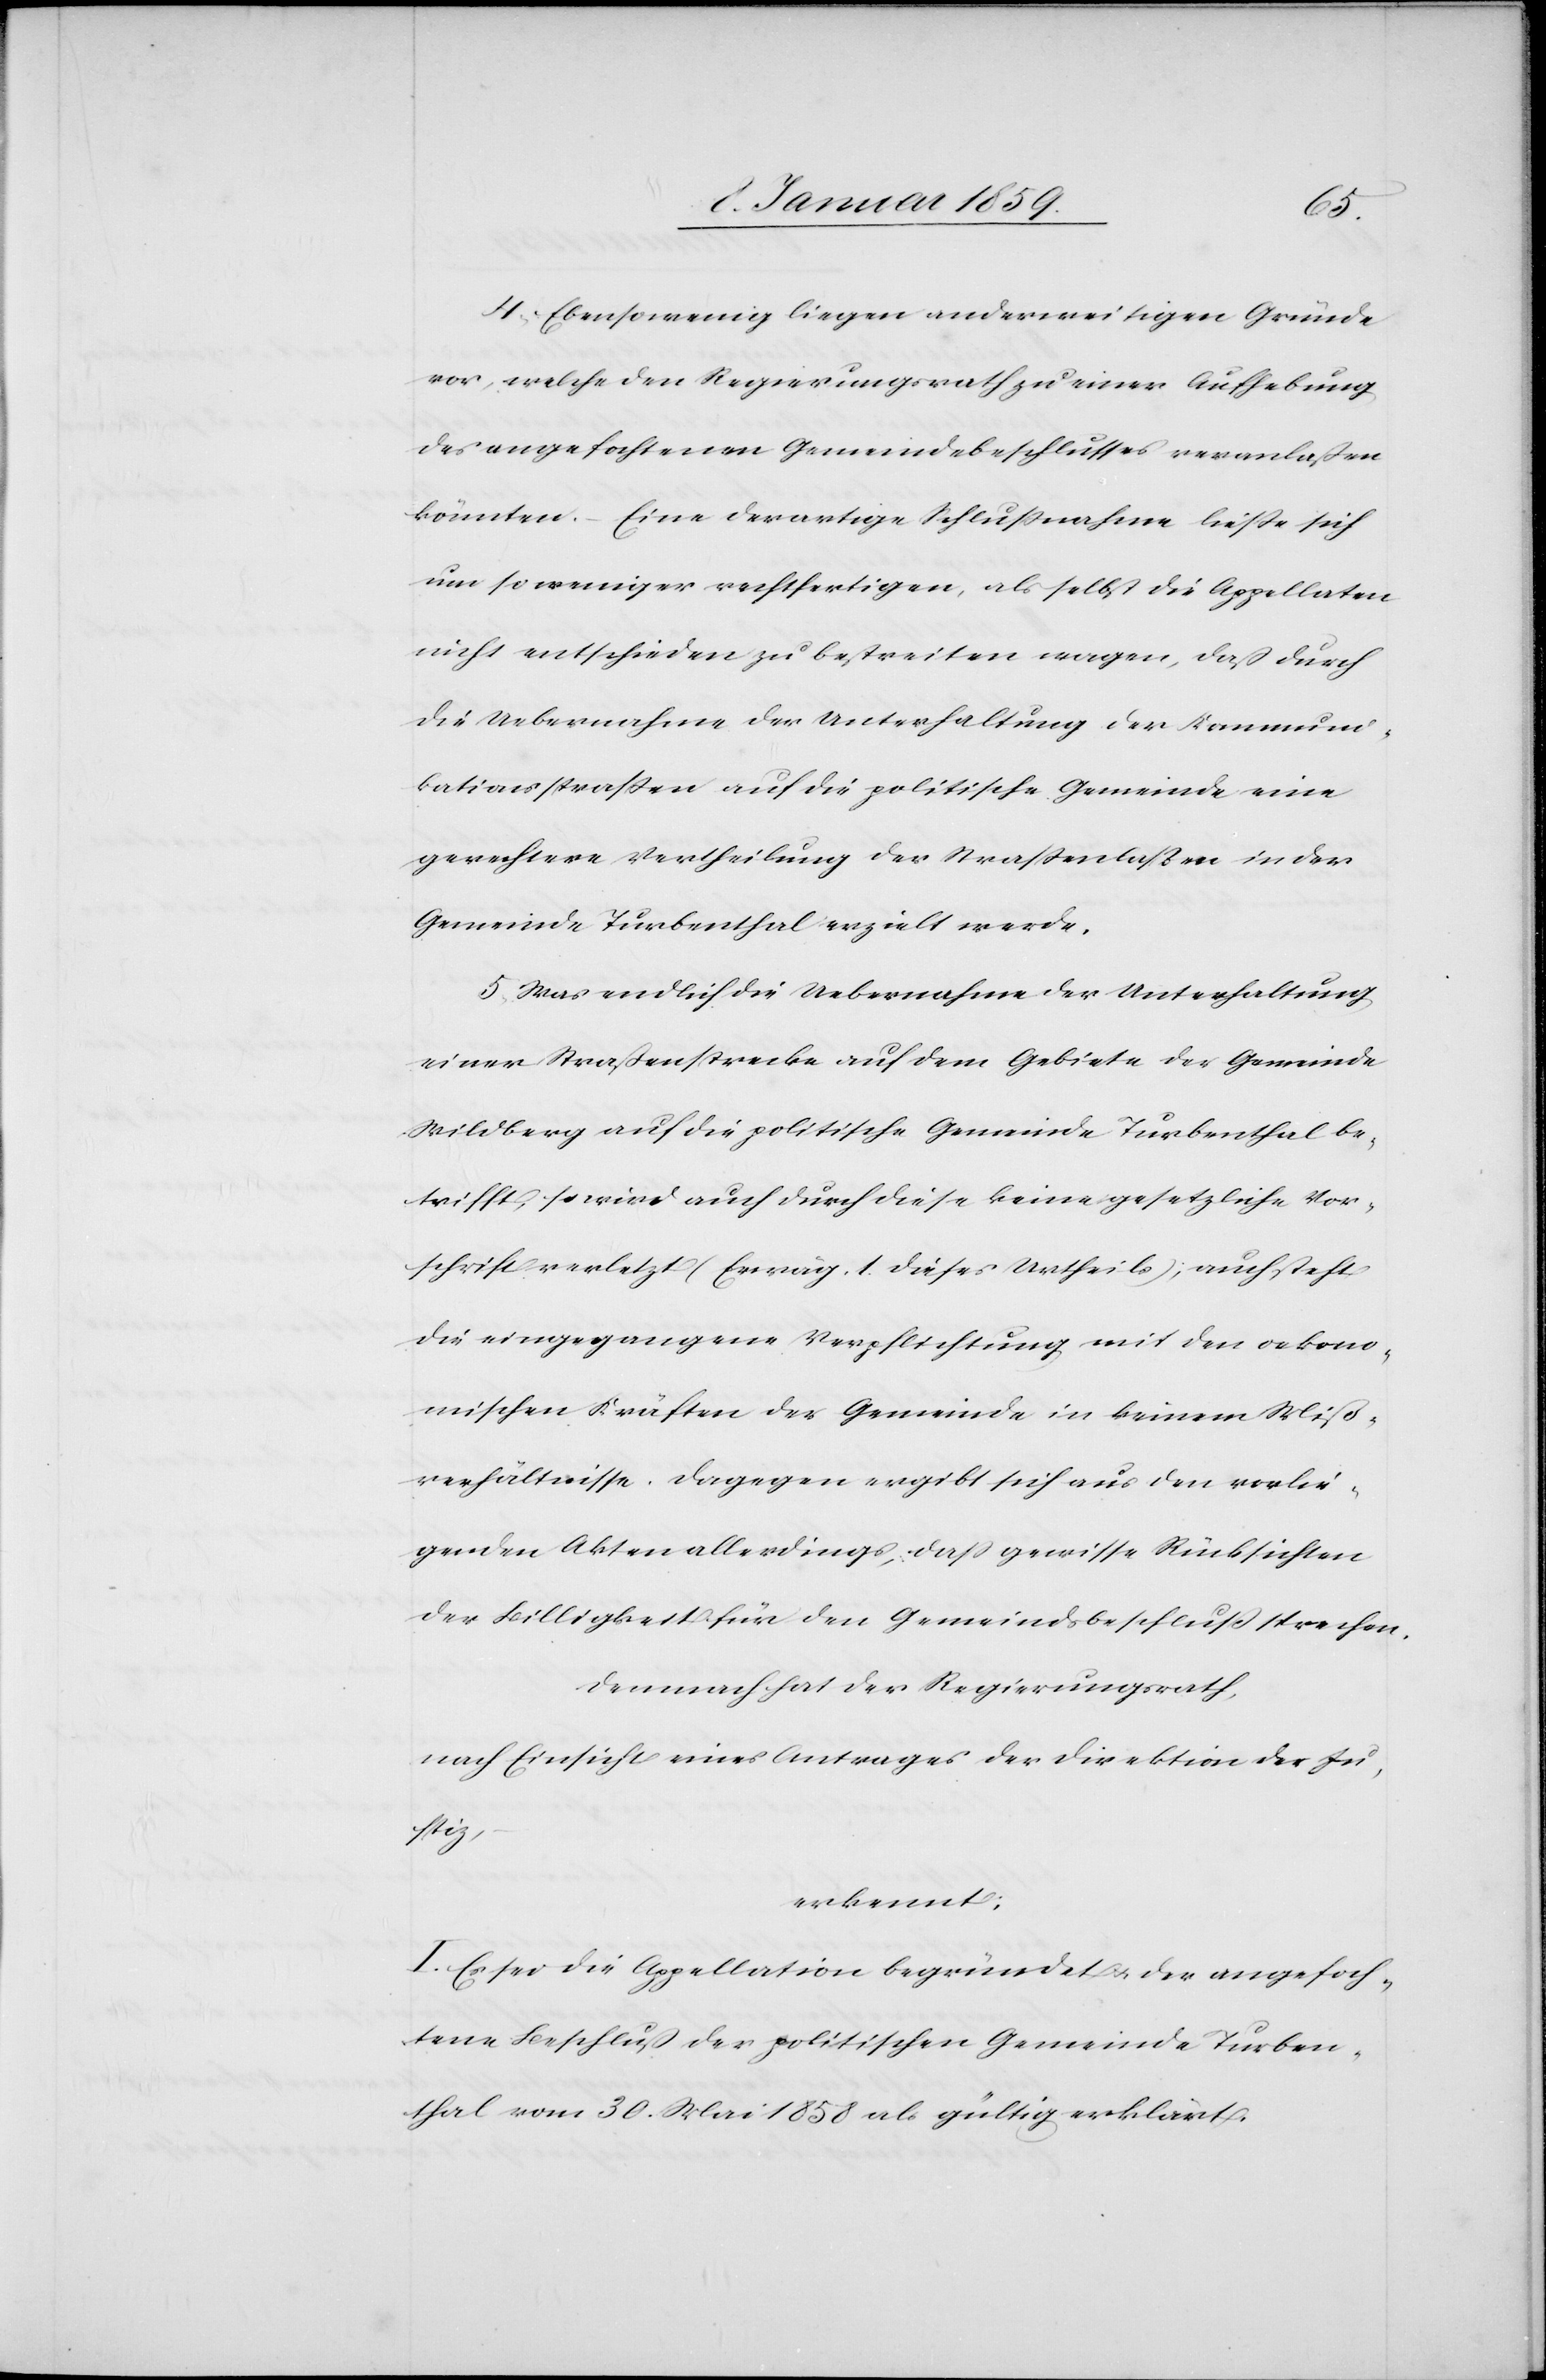
Vor¬
4. Ebensowenig liegen anderweitige Gründe
vor, welche den Regierungsrath zu einer Aufhebung
des angefochtenen Gemeindebeschlusses veranlaßen
könnten. Eine derartige Schlußnahme ließe sich
um so weniger rechtfertigen, als selbst die Appellaten
nicht entschieden zu bestreiten wagen, daß durch
die Uebernahme der Unterhaltung der Kommuni¬
kationsstraßen auf die politische Gemeinde eine
gerechtere Vertheilung der Straßenlasten in der
Gemeinde Turbenthal erzielt werden.
5. Was endlich die Uebernahme der Unterhaltung
einer Straßenstrecke auf dem Gebiete der Gemeinde
Wildberg auf die politische Gemeinde Turbenthal be¬
schrift verletzt (Erwäg. 1. dieses Urtheils); auch steht
die eingegangene Verpflichtung mit den oekono¬
mischen Kräften der Gemeinde in keinem Miß¬
verhältnisse, dagegen ergibt sich aus den vorlie¬
genden Akten allerdings, daß gewisse Rücksichten
der Billigkeit für den Gemeindsbeschluß sprechen.
Demnach hat der Regierungsrath,
nach Einsicht eines Antrages der Direktion der Ju¬
stiz,
erkannt:
I. Es sei die Appellation begründet u. der angefoch¬
tene Beschluß der politischen Gemeinde Turben¬
thal vom 30. Mai 1858 als gültig erklärt.